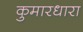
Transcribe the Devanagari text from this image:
कुमारधारा